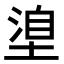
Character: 𭏈